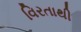
વિરતાથી